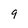
Character: 9